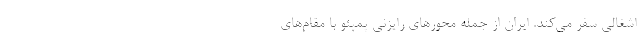
اشغالی سفر می‌کند. ایران از جمله محورهای رایزنی پمپئو با مقام‌های